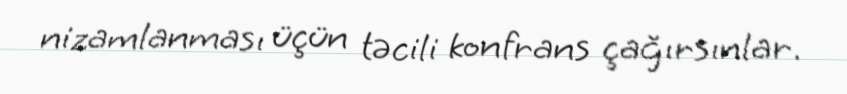
nizamlanması üçün təcili konfrans çağırsınlar.